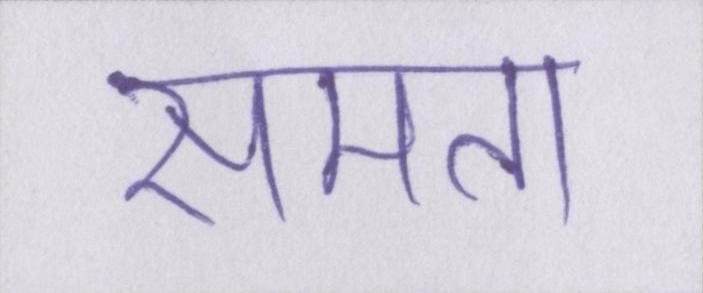
समता